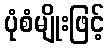
ပုံစံမျိုးဖြင့်